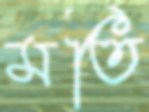
মতি